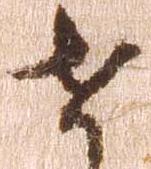
せ